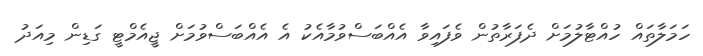
ހަމަލާތައް ހުއްޓާލުމަށް ދެފަރާތުން ވެފައިވާ އެއްބަސްވުމާއެކު އެ އެއްބަސްވުމަށް ޖީއެމްޓީ ގަޑިން މިއަދު